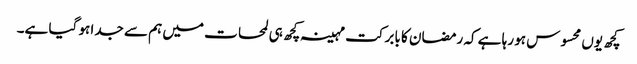
کچھ یوں محسوس ہو رہا ہے کہ رمضان کا بابرکت مہینہ کچھ ہی لمحات میں ہم سے جدا ہو گیا ہے۔